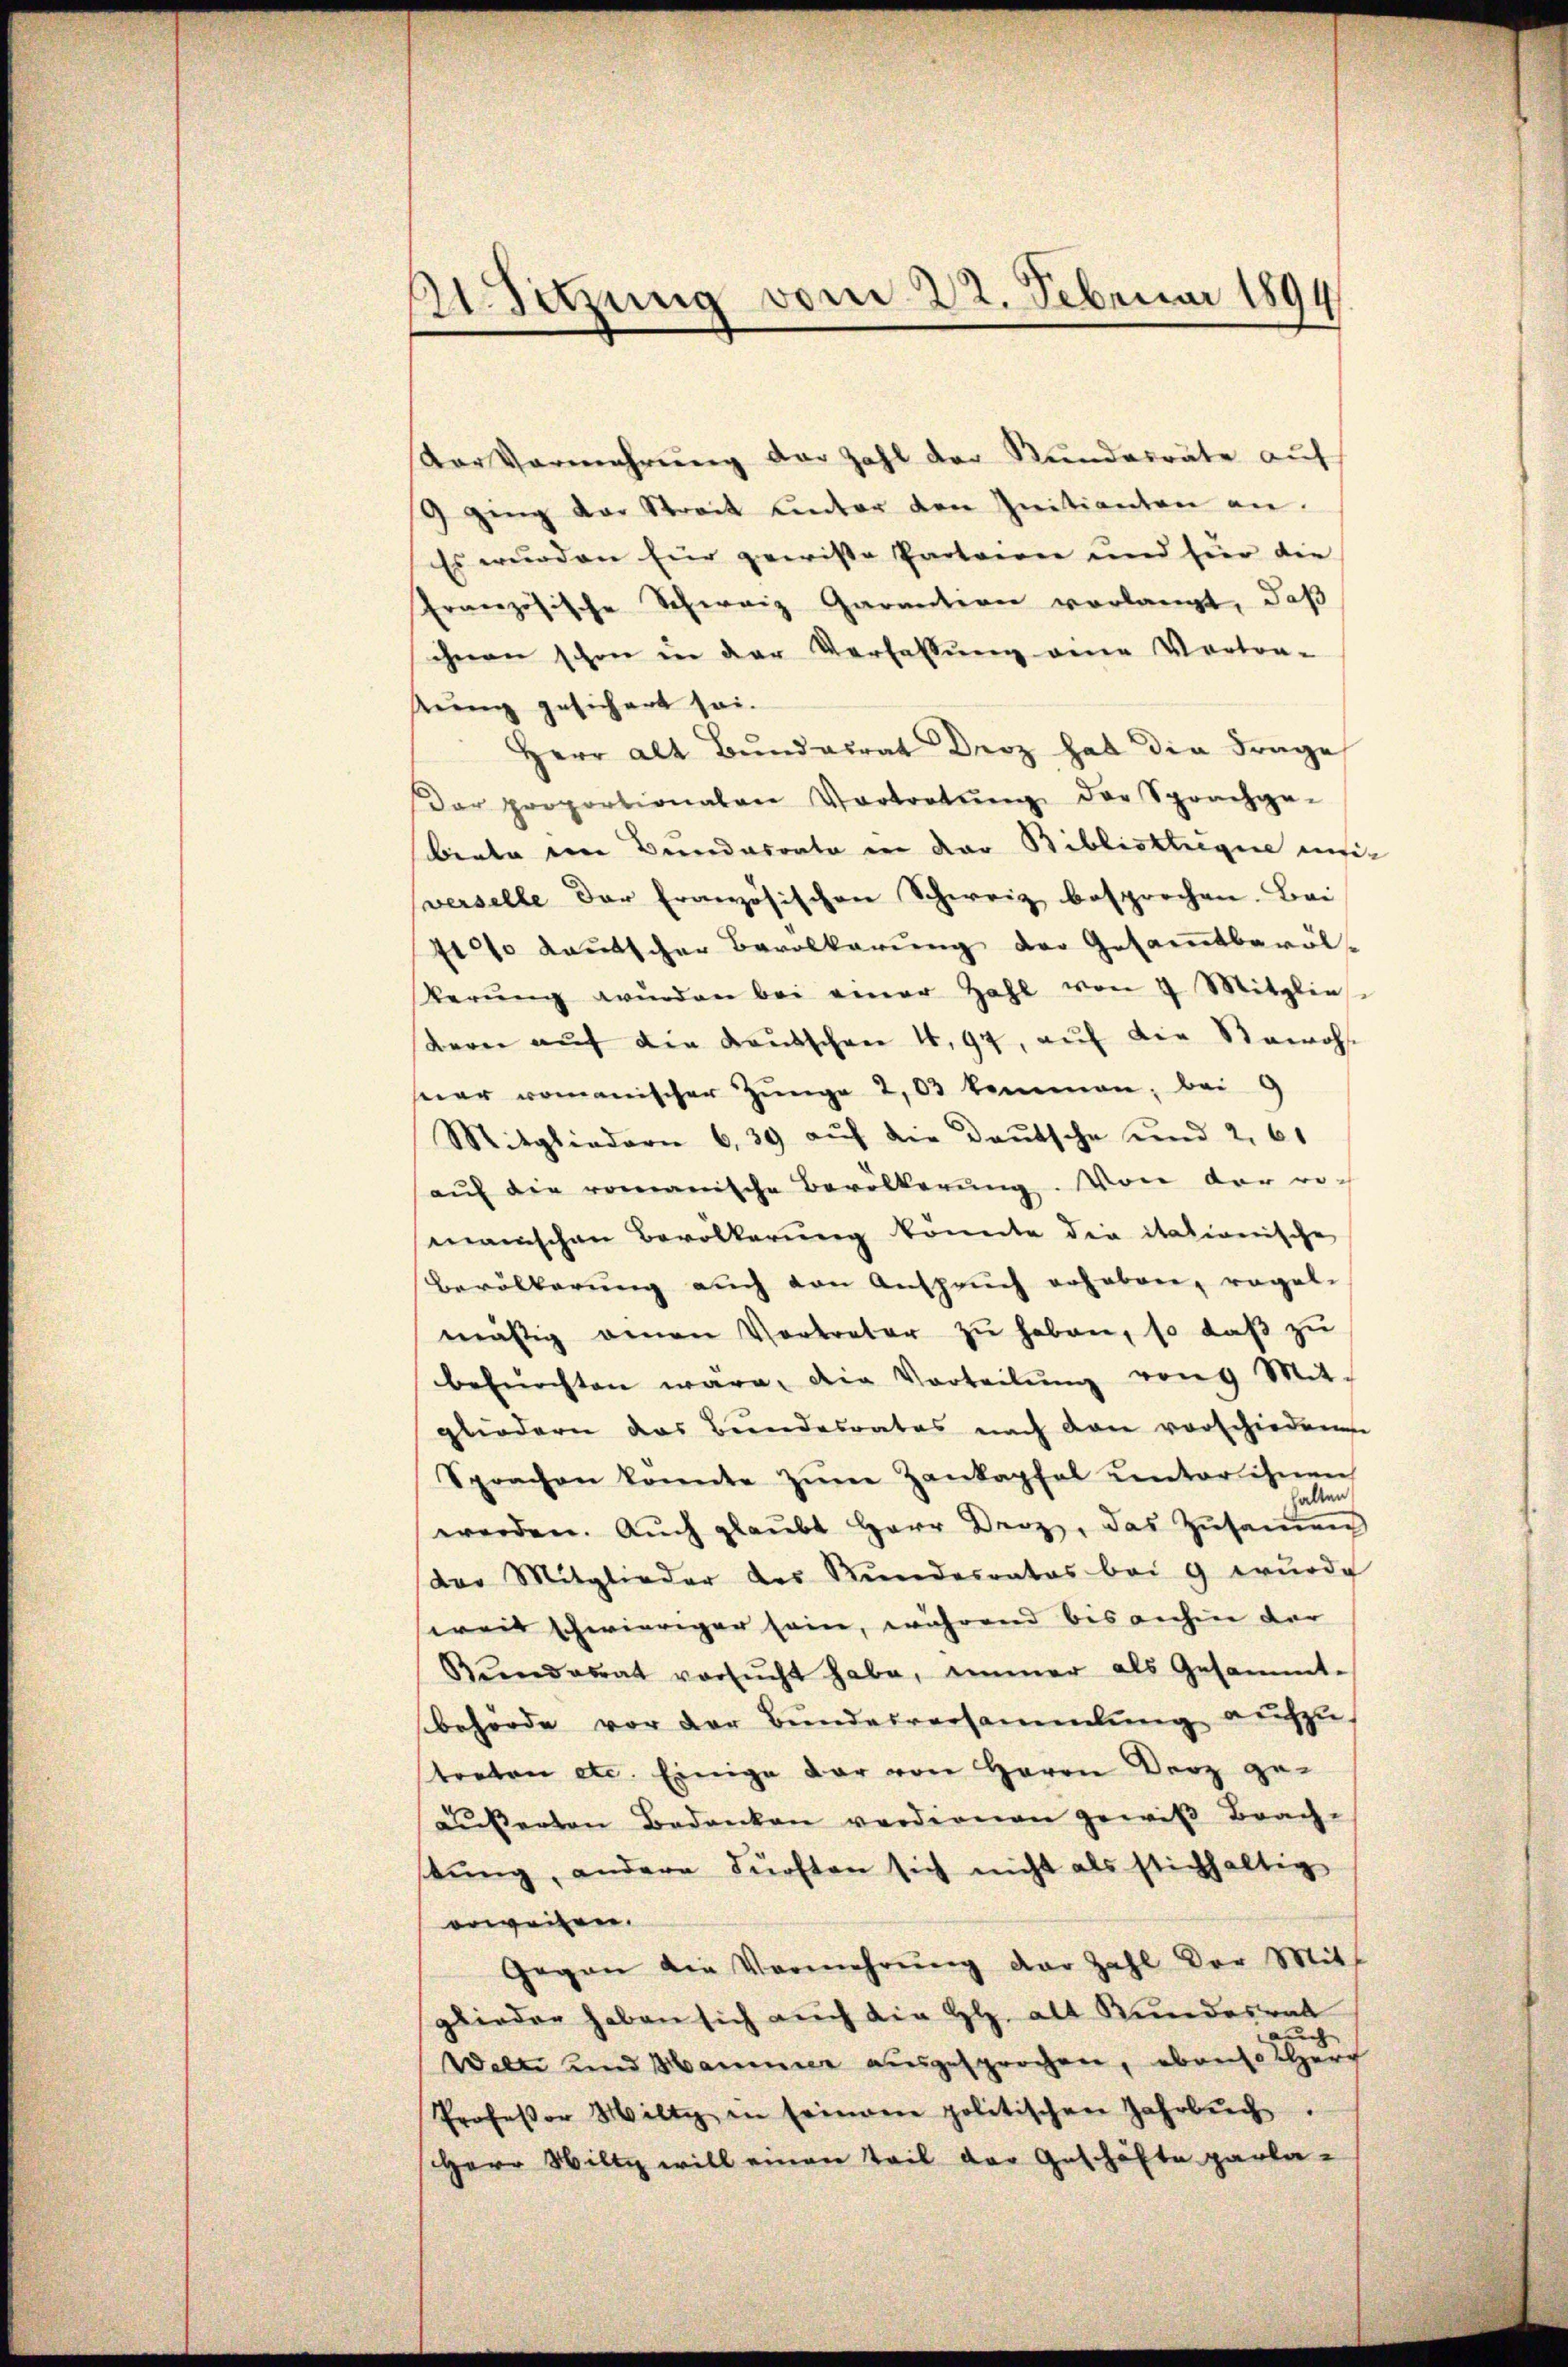
Satzung vom 22. Februar 1894

Der Vermehrung der Zahl der Rundesräte auf
2 ging der Streit unter den Initianten an.
Es wurden für gewisse Parteien und für die
Französische Schweiz Garantion vorlangt, daß
ihnen schon in der Verhaltung eine Vortra-
uung gesichert sei.
Herr alt Bŭndalrat Droz hat die Frage
ar proportionalen Vortretŭng der Sprachge-
beute eine Bundesrate in der Bibliottregie eiverselle der französischen Schweiz besprochen. Bei
410% deŭtscher Bevolkarŭng der Gesaṁtbaröl-
derŭng wŭrden bei einer Zahl von 3 Mitglie
Bern aŭf die Kaŭtschen 4. 94, aŭf die Sowoh
seer romanischer Jünge 2,03 kommen, bei G
Mitgliedern 639 aŭf die Baŭtsche und 2, 61
aŭf die romanische Bevölkerŭng. Von der rich
manischen Bevölkerung könnte die itationische
Bevölkerŭng aŭch von Ansprŭch erhoben, regel-
mäßig einen Vortreter zŭ haben, so daβ zŭ
befürchten wäre, die Vorteilŭng von 9 Mit-
gliedern das Bundesrates nach dan vorschiedenen
Sprachen konnte zŭm Zankapfel unter ihnen
werden. Auch glaubt Herr Droz, das Zusamens
der Mitglieder des Kŭndesrates bei g wŭrde
weit schwieriger sein, während bis anhin der
Kinderat versŭcht habe, immer als Gesammt-
behörde vor der Bundesversammlung aufzustreten etc. Einige dar von Herrn Derz ge-
äußerten Bedanken verdienen gewiß Brach-
stŭng, andere dürften sich nicht als stichhaltig
erweisen.
Gegen die Vermehrŭng der Zahl der Mitt
glieder haben sich auch die Hl. alt Kundesrat
c
Welti und Hammer ausgesprochen, ebenso herr
Professor Hilty in seinem politischen Jahrbŭch.
Herr Wiltz will einen Teil der Geschäfte parla-